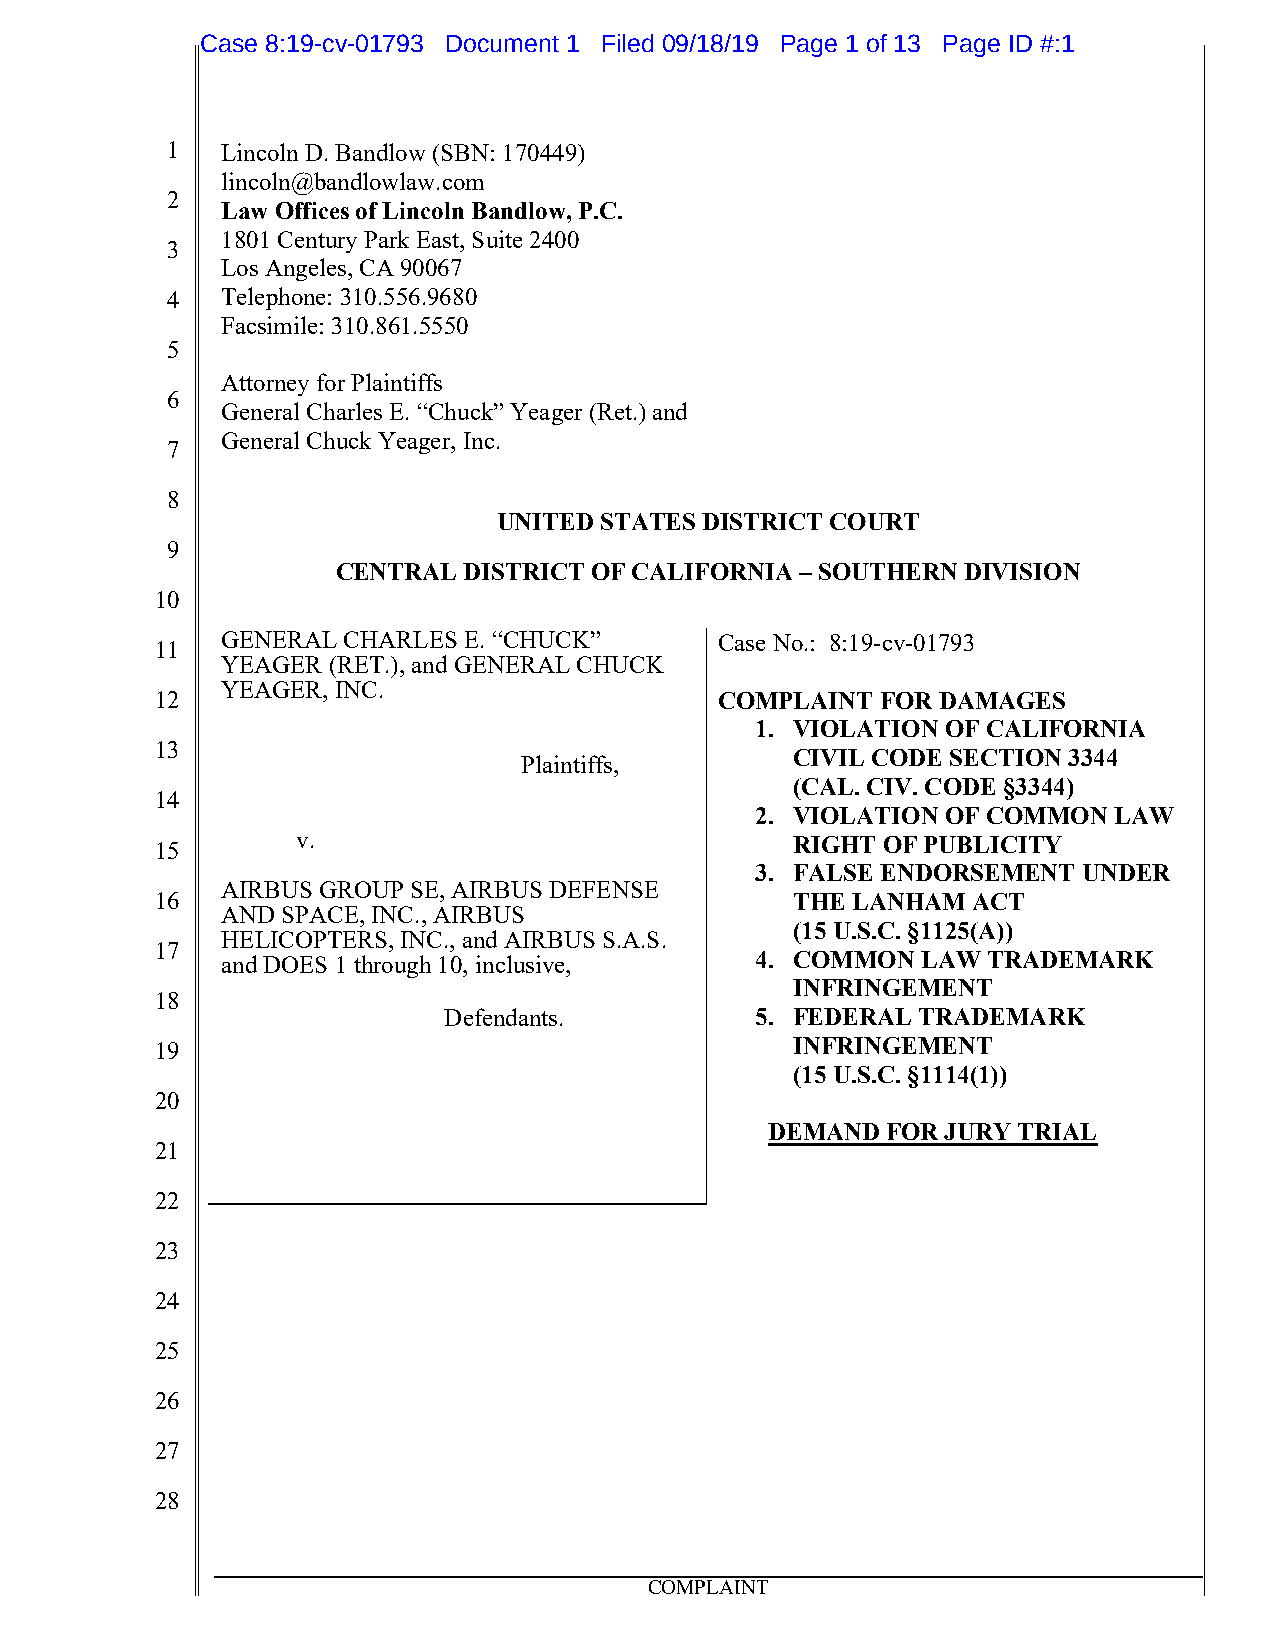
Case 8:19-cv-01793 Document 1 Filed 09/18/19 Page 1 of 13 Page ID #:1
 1   Lincoln D. Bandlow (SBN: 170449)
 lincoln@bandlowlaw.com
 2
 Law Offices of Lincoln Bandlow, P.C.
 1801 Century Park East, Suite 2400
 3
 Los Angeles, CA 90067
 4   Telephone: 310.556.9680
 Facsimile: 310.861.5550
 5
 Attorney for Plaintiffs
 6
 General Charles E. “Chuck” Yeager (Ret.) and
 General Chuck Yeager, Inc.
 7
 8
 UNITED STATES DISTRICT COURT
 9
 CENTRAL  DISTRICT OF CALIFORNIA – SOUTHERN DIVISION
 10
 GENERAL CHARLES E. “CHUCK”       Case No.: 8:19-cv-01793
 11
 YEAGER (RET.), and GENERAL CHUCK
 YEAGER, INC.
 12                                    COMPLAINT FOR DAMAGES
 1. VIOLATION OF CALIFORNIA
 13
 CIVIL CODE SECTION 3344
 Plaintiffs,
 (CAL. CIV. CODE §3344)
 14
 2. VIOLATION OF COMMON  LAW
 15        v.                               RIGHT OF PUBLICITY
 3. FALSE ENDORSEMENT  UNDER
 AIRBUS GROUP SE, AIRBUS DEFENSE
 16                                         THE LANHAM ACT
 AND SPACE, INC., AIRBUS
 (15 U.S.C. §1125(A))
 HELICOPTERS, INC., and AIRBUS S.A.S.
 17
 and DOES 1 through 10, inclusive,  4. COMMON  LAW TRADEMARK
 INFRINGEMENT
 18
 Defendants.          5. FEDERAL TRADEMARK
 19                                         INFRINGEMENT
 (15 U.S.C. §1114(1))
 20
 DEMAND  FOR JURY TRIAL
 21
 22
 23
 24
 25
 26
 27
 28
 COMPLAINT